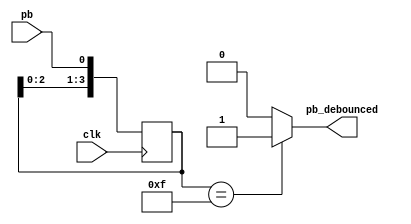

module debounced(pb_debounced, pb, clk);
	output pb_debounced;
	input pb;
	input clk;

	reg [3:0] DFF, next_DFF;
	always @(posedge clk) begin
		DFF = next_DFF;
	end

	always @* begin
		next_DFF[3] = DFF[2];
		next_DFF[2] = DFF[1];
		next_DFF[1] = DFF[0];
		next_DFF[0] = pb;
	end
	assign pb_debounced = ((DFF==4'b1111)? 1'b1:1'b0);
endmodule